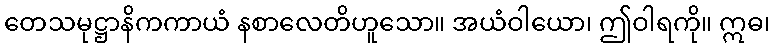
တေသမုဋ္ဌာနိကကာယံ နစာလေတိဟူသော။ အယံဝါယော၊ ဤဝါရကို။ ဣဓ၊